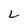
Character: L